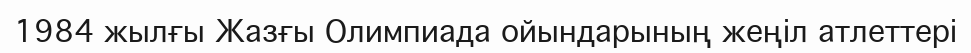
1984 жылғы Жазғы Олимпиада ойындарының жеңіл атлеттері